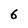
Character: 6